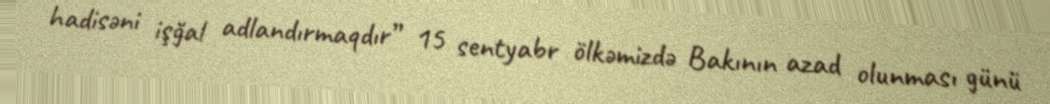
hadisəni işğal adlandırmaqdır” 15 sentyabr ölkəmizdə Bakının azad olunması günü